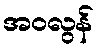
အဝလွန်